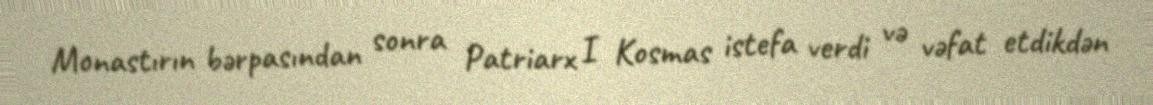
Monastırın bərpasından sonra Patriarx I Kosmas istefa verdi və vəfat etdikdən